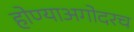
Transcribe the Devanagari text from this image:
होण्याअगोदरच